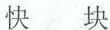
快 块